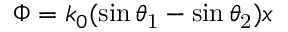
\Phi = k _ { 0 } ( \sin \theta _ { \mathrm { 1 } } - \sin \theta _ { \mathrm { 2 } } ) x